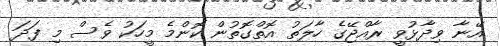
އޭނާ ވިދާޅުވީ ރާއްޖޭގެ ހާލަތު އޮތްގޮތުން ކޮންމެ މީހަކު ވެސް މި ފަދަ